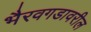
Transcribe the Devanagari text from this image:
भैरवगडावरील